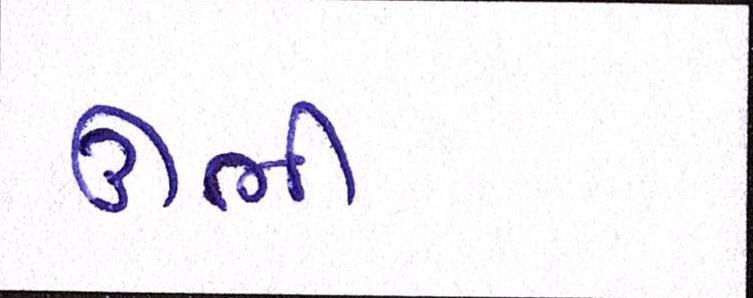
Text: ઊભી